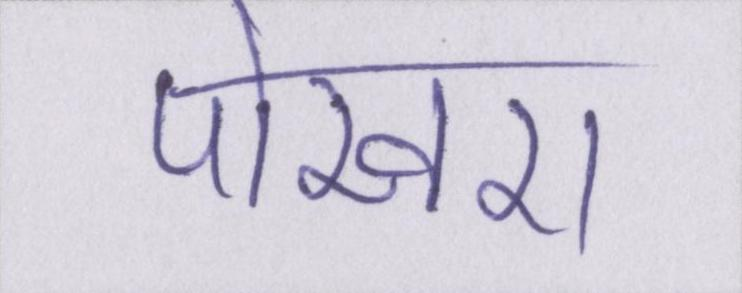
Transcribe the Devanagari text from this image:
पोखरा